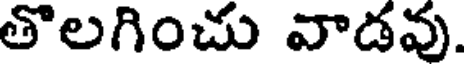
తొలగించు వాడవు.